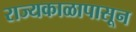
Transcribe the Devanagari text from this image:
राज्यकाळापासून